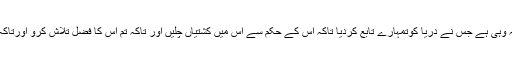
ترجمۂ کنزُالعِرفان: اللہ وہی ہے جس نے دریا کوتمہارے تابع کردیا تاکہ اس کے حکم سے اس میں کشتیاں چلیں اور تاکہ تم اس کا فضل تلاش کرو اورتاکہ تم شکرگزار بن جاؤ۔